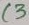
Text: C3